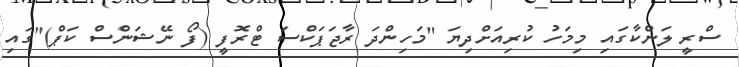
ސްރީ ލަންކާގައި މިމަހު ކުރިއަށްދިޔަ "މަހިންދަ ރާޖަޕަކްސަ ޓްރޮފީ (ފޯ ނޭޝަންސް ކަޕް)"ގައި